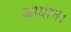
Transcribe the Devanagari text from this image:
आयान।